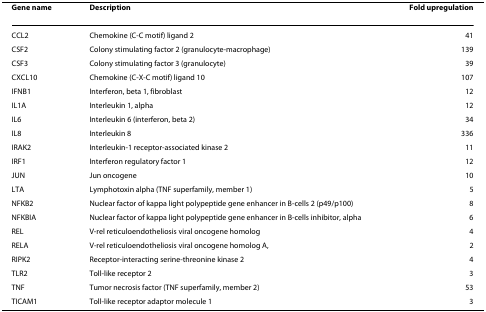
<table><thead><tr><td><b>Gene name</b></td><td><b>Description</b></td><td><b>Fold upregulation</b></td></tr></thead><tbody><tr><td>CCL2</td><td>Chemokine (C-C motif) ligand 2</td><td>41</td></tr><tr><td>CSF2</td><td>Colony stimulating factor 2 (granulocyte-macrophage)</td><td>139</td></tr><tr><td>CSF3</td><td>Colony stimulating factor 3 (granulocyte)</td><td>39</td></tr><tr><td>CXCL10</td><td>Chemokine (C-X-C motif) ligand 10</td><td>107</td></tr><tr><td>IFNB1</td><td>Interferon, beta 1, fibroblast</td><td>12</td></tr><tr><td>IL1A</td><td>Interleukin 1, alpha</td><td>12</td></tr><tr><td>IL6</td><td>Interleukin 6 (interferon, beta 2)</td><td>34</td></tr><tr><td>IL8</td><td>Interleukin 8</td><td>336</td></tr><tr><td>IRAK2</td><td>Interleukin-1 receptor-associated kinase 2</td><td>11</td></tr><tr><td>IRF1</td><td>Interferon regulatory factor 1</td><td>12</td></tr><tr><td>JUN</td><td>Jun oncogene</td><td>10</td></tr><tr><td>LTA</td><td>Lymphotoxin alpha (TNF superfamily, member 1)</td><td>5</td></tr><tr><td>NFKB2</td><td>Nuclear factor of kappa light polypeptide gene enhancer in B-cells 2 (p49/p100)</td><td>8</td></tr><tr><td>NFKBIA</td><td>Nuclear factor of kappa light polypeptide gene enhancer in B-cells inhibitor, alpha</td><td>6</td></tr><tr><td>REL</td><td>V-rel reticuloendotheliosis viral oncogene homolog</td><td>4</td></tr><tr><td>RELA</td><td>V-rel reticuloendotheliosis viral oncogene homolog A,</td><td>2</td></tr><tr><td>RIPK2</td><td>Receptor-interacting serine-threonine kinase 2</td><td>4</td></tr><tr><td>TLR2</td><td>Toll-like receptor 2</td><td>3</td></tr><tr><td>TNF</td><td>Tumor necrosis factor (TNF superfamily, member 2)</td><td>53</td></tr><tr><td>TICAM1</td><td>Toll-like receptor adaptor molecule 1</td><td>3</td></tr></tbody></table>